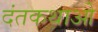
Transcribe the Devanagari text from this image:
दंतकथाओ